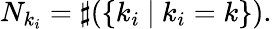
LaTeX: N_{k_{i}}=\sharp(\{ k_{i}~|~k_{i}=k\} ).